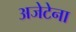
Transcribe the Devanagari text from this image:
अजेटेना